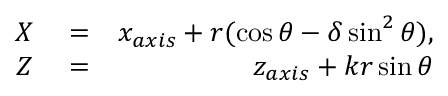
\begin{array} { r l r } { X } & { { } = } & { x _ { a x i s } + r ( \cos \theta - \delta \sin ^ { 2 } \theta ) , } \\ { Z } & { { } = } & { z _ { a x i s } + k r \sin \theta } \end{array}